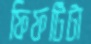
ফিফটিটা